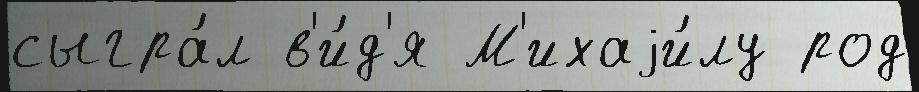
сыгра́л в'и́д'я М'ихаjи́лу род